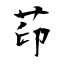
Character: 茚